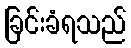
ခြင်းခံရသည်